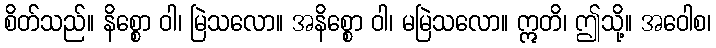
စိတ်သည်။ နိစ္စော ဝါ၊ မြဲသလော။ အနိစ္စော ဝါ၊ မမြဲသလော။ ဣတိ၊ ဤသို့။ အဝေါစ၊